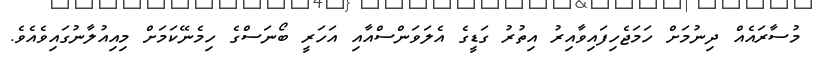
މުސާރައެއް ދިނުމަށް ހަމަޖެހިފައިވާއިރު އިތުރު ގަޑީގެ އެލަވަންސްއާއި އަހަރީ ބޯނަސްގެ ހިމެނޭކަމަށް މިއިއުލާނުގައިވެއެވެ.